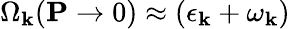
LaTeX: \Omega_{\mathbf{k}}(\mathbf{P}\rightarrow 0)\approx\left(\epsilon_{\mathbf{k}}+\omega_{\mathbf{k}}\right)